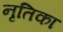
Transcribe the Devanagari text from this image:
नृतिका